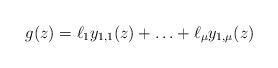
LaTeX: \begin{align*} g(z) = \ell_1 y_{1,1}(z) + \ldots + \ell_\mu y_{1,\mu}(z) \end{align*}